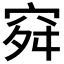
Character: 𥥤